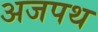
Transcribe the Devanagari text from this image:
अजपथ